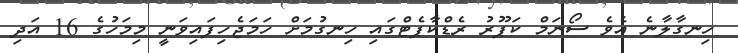
ހިނގާލާނެ އެވެ ސޯނަމް ކަޕޫރު ރެޑްކާޕެޓްގައި ހިނގުމަށް ހަމަޖެހިފައިވަނީ މިމަހުގެ 16 އަދި